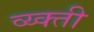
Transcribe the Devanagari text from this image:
व्य्क्ती